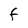
Character: F